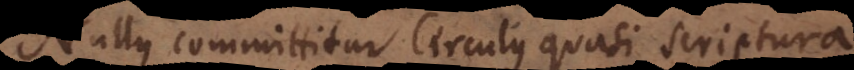
Nullus committitur Circulus quasi Scriptura